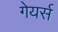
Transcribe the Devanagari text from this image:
गेयर्स